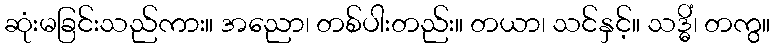
ဆုံးမခြင်းသည်ကား။ အညော၊ တစ်ပါးတည်း။ တယာ၊ သင်နှင့်။ သဒ္ဓိံ၊ တကွ။